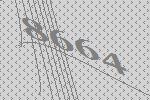
8664